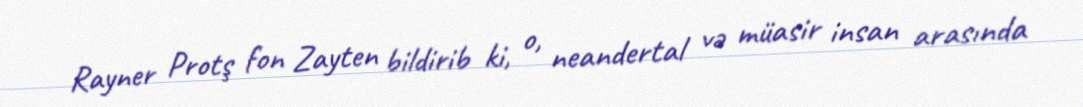
Rayner Protş fon Zayten bildirib ki, o, neandertal və müasir insan arasında